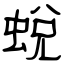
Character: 蛻